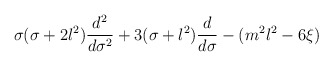
\begin{align*}\sigma(\sigma +2l^2) \frac{d^2}{d\sigma^2} +3(\sigma+l^2)\frac{d}{d\sigma}- (m^2 l^2 -6\xi)\end{align*}